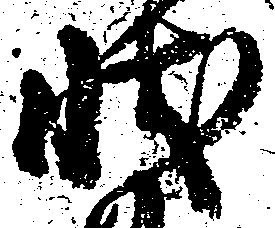
状